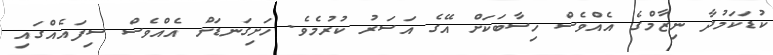
ކުޑަކަމުދާ ނިޒާމްގެ އެއްވެސް ހިސާބަކަށް އޭގެ އަސަރު ކުރުމެވެ. ހަށިގަނޑަށް އެއްވެސް ސިފައެއްގައި